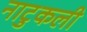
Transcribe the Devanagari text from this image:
नाटुकली